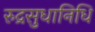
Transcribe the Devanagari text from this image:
रुद्रसुधानिधि